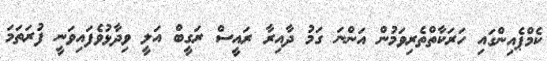
ކެމްޕެއިންގައި ހަރަކާތްތެރިވަމުން އަންނަ ގަމު ދާއިރާ ރައީސް ރަގީބް އަލީ ވިދާޅުވެފައިވަނީ ފުރަތަމަ